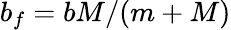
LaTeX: b_{f}=bM/(m+M)